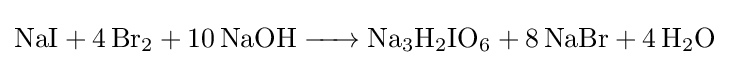
{\ce {NaI + 4 Br2 + 10 NaOH -> Na3H2IO6 + 8 NaBr + 4 H2O}}